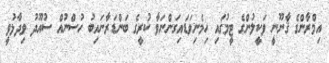
އިމްރާންގެ ޤާނޫނީ ވަކީލުންގެ ޓީމުގައި ހިމެނިވަޑައިގަންނަވާ ކުރީގެ ބަންޑަރާނައިބު ހުސްނުއް ސުއޫދު ވިދާޅުވީ